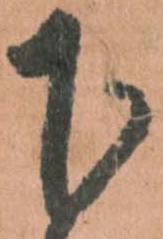
下